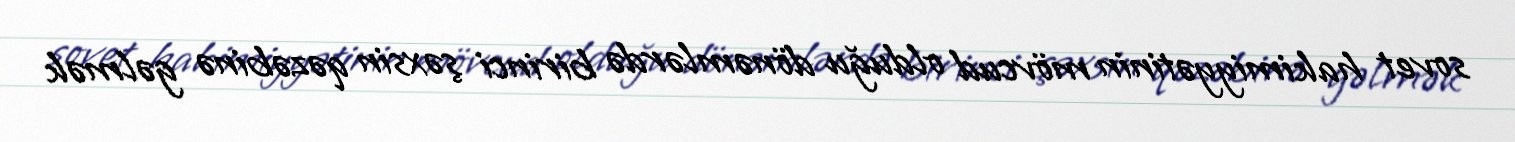
sovet hakimiyyətinin mövcud olduğu dönəmlərdə birinci şəxsin qəzəbinə gəlmək